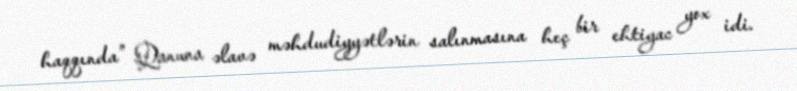
haqqında” Qanuna əlavə məhdudiyyətlərin salınmasına heç bir ehtiyac yox idi.